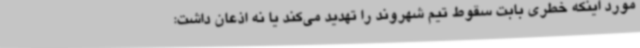
مورد اینکه خطری بابت سقوط تیم شهروند را تهدید می‌کند یا نه اذعان داشت: